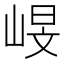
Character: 𡹋